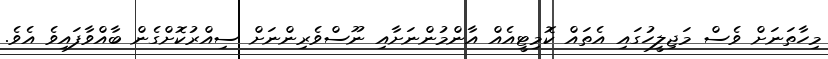
މިހާތަނަށް ވެސް މަޖިލީހުގައި އެތައް ކޮމިޓީއެއް އާންމުންނަށާއި ނޫސްވެރިންނަށް ސިއްރުކޮށްގެން ބާއްވާފައިވެ އެވެ.